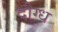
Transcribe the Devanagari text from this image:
दौग्ध